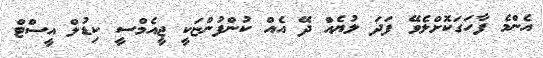
އެންމެ ފާހަގަކޮށްލެވޭ ފަދަ ލުޔެއް ދޭ އެއް ކުންފުންޏަކީ ޖީއެމްސީ ކިޑުލް އީސްޓް